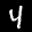
Label: 4